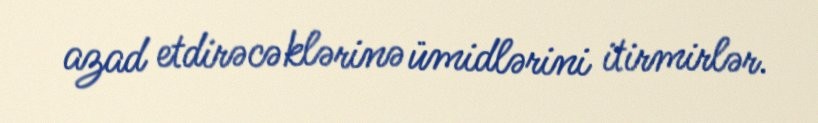
azad etdirəcəklərinə ümidlərini itirmirlər.